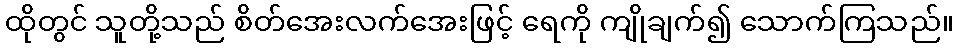
ထိုတွင် သူတို့သည် စိတ်အေးလက်အေးဖြင့် ရေကို ကျိုချက်၍ သောက်ကြသည်။